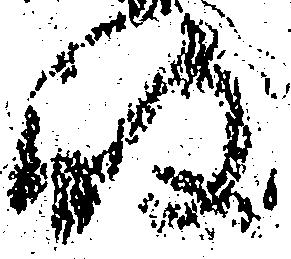
岐